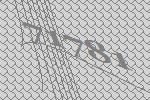
71781